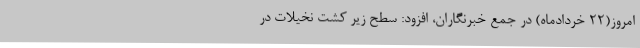
امروز(22 خردادماه) در جمع خبرنگاران، افزود: سطح زیر کشت نخیلات در